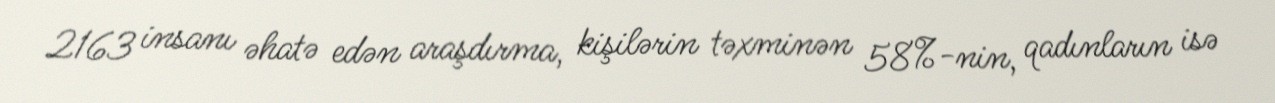
2163 insanı əhatə edən araşdırma, kişilərin təxminən 58%-nin, qadınların isə